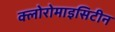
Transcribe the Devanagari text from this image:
क्लोरोमाइसिटीन